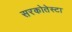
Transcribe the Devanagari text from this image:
सरकोतेस्टा